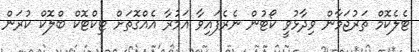
ޓެލެކޮމް ތަރުޖަމާން ވިދާޅުވީ ކޯޓުން ނެރެފައިވާ އަމުރާ އެއްގޮތަށް ޓިކްޓޮކް ބްލޮކް ކުރަން